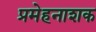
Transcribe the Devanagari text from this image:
प्रमेहनाशक